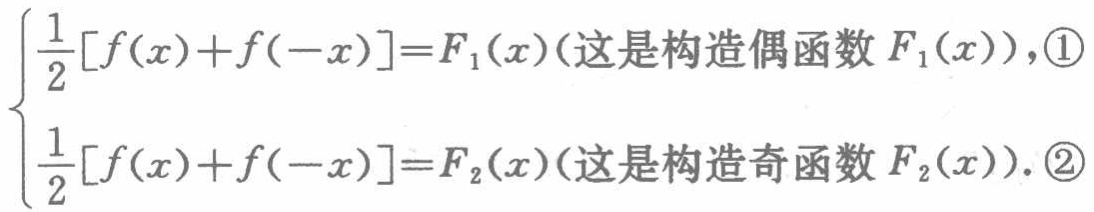
$\begin{cases}
\frac{1}{2}[f(x)+f(-x)] = F_1(x)(这是构造偶函数F_1(x)),\textcircled{1}\\
\frac{1}{2}[f(x)+f(-x)] = F_2(x)(这是构造奇函数F_2(x)).\textcircled{2}
\end{cases}$